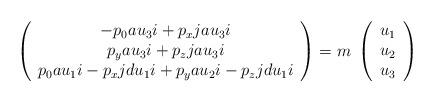
LaTeX: \begin{align*}\left( \begin{array}{c}-p_{0}au_{3}i+p_{x}jau_{3}i\\p_{y}au_{3}i+p_{z}jau_{3}i\\p_{0}au_{1}i-p_{x}jdu_{1}i+p_{y}au_{2}i-p_{z}jdu_{1}i\end{array} \right) = m \; \left( \begin{array}{c}u_{1}\\ u_{2}\\ u_{3} \end{array} \right)\end{align*}